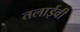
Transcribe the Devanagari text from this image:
तलाईवी